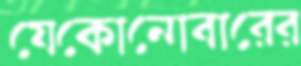
যেকোনোবারের